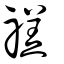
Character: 禚